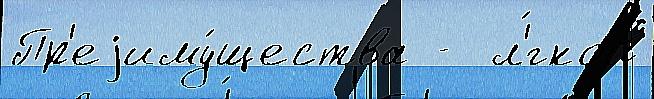
Пр'еjиму́щества -  л'́гкой